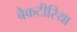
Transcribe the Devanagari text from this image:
बैकटीरिया